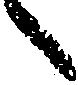
々